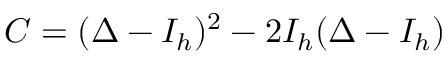
C = ( \Delta - I _ { h } ) ^ { 2 } - 2 I _ { h } ( \Delta - I _ { h } )